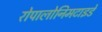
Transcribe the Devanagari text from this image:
रोपालोनिमटाइडे